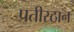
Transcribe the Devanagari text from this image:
प्रतीस्ठान